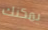
يمكنك